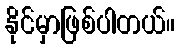
နိုင်မှာဖြစ်ပါတယ်။